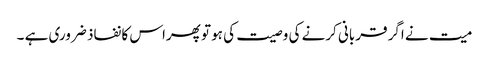
میت نے اگر قربانی کرنے کی وصیت کی ہو تو پھراس کا نفاذ ضروری ہے ۔